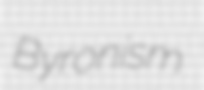
Byronism